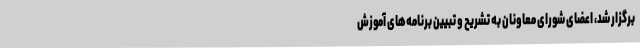
برگزار شد، اعضای شورای معاونان به تشریح و تبیین برنامه‌های آموزش‌